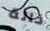
خالة